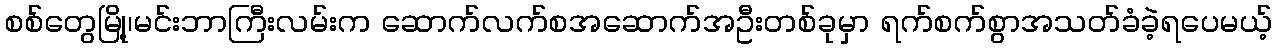
စစ်တွေမြို့၊မင်းဘာကြီးလမ်းက ဆောက်လက်စအဆောက်အဦးတစ်ခုမှာ ရက်စက်စွာအသတ်ခံခဲ့ရပေမယ့်